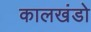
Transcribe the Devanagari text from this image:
कालखंडो